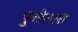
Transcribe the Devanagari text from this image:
पुजोलला